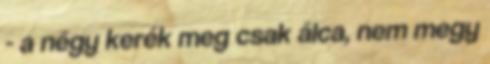
- a négy kerék meg csak álca, nem megy